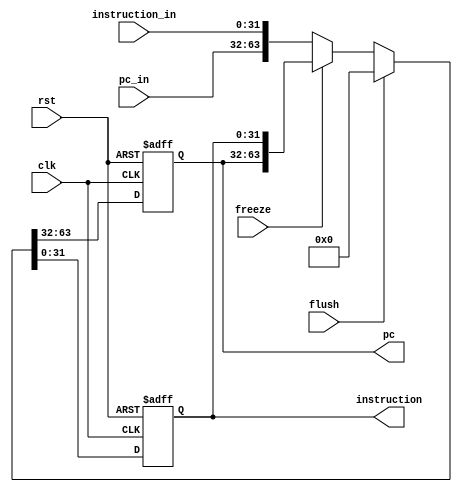
module IF_Reg(
    clk,
    rst,
    freeze,
    flush,
    pc_in,
    instruction_in,
    pc,
    instruction
);

    input clk, rst, freeze, flush;
    input [31:0] pc_in, instruction_in;
    output reg [31:0] pc, instruction;

    always @(posedge clk, posedge rst) begin
        if (rst)
            {pc, instruction} <= 64'd0;
        else if (flush)
            {pc, instruction} <= 64'd0;
        else if (freeze)
            {pc, instruction} <= {pc, instruction};
        else 
            {pc, instruction} <= {pc_in, instruction_in};
    end

endmodule